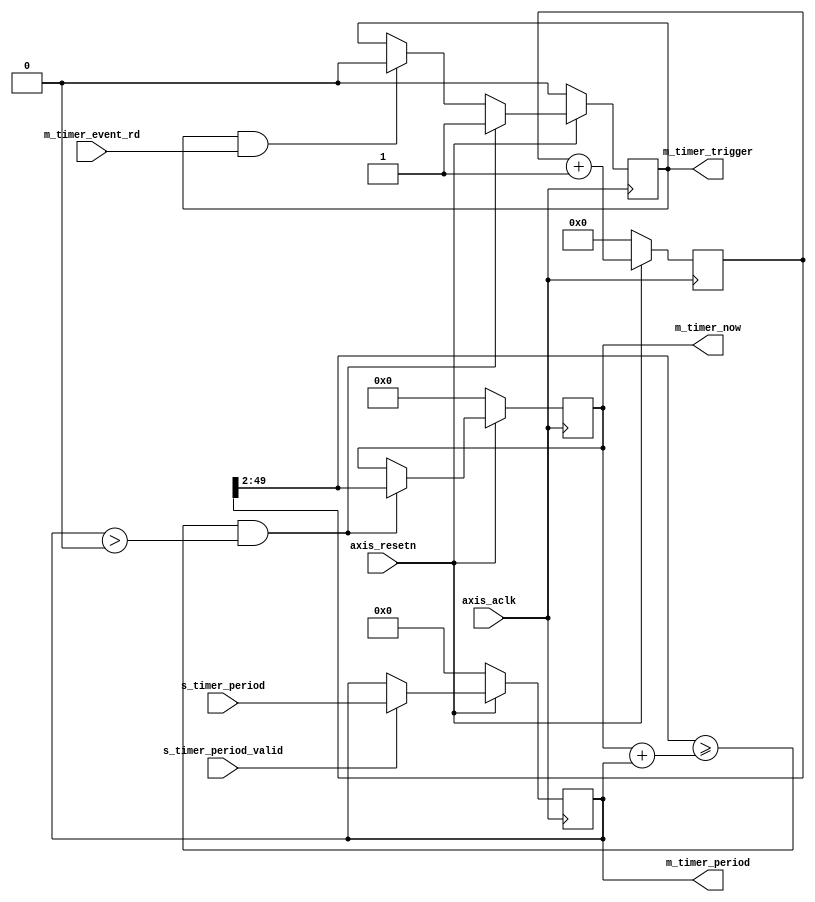
//-
// Copyright (C) 2010, 2011 The Board of Trustees of The Leland Stanford
//                          Junior University
// Copyright (C) 2019 Stephen Ibanez
// All rights reserved.
//
// This software was developed by
// Stanford University and the University of Cambridge Computer Laboratory
// under National Science Foundation under Grant No. CNS-0855268,
// the University of Cambridge Computer Laboratory under EPSRC INTERNET Project EP/H040536/1 and
// by the University of Cambridge Computer Laboratory under DARPA/AFRL contract FA8750-11-C-0249 ("MRC2"), 
// as part of the DARPA MRC research programme.
//
// @NETFPGA_LICENSE_HEADER_START@

// Licensed to NetFPGA C.I.C. (NetFPGA) under one or more contributor
// license agreements.  See the NOTICE file distributed with this work for
// additional information regarding copyright ownership.  NetFPGA licenses this
// file to you under the NetFPGA Hardware-Software License, Version 1.0 (the
// "License"); you may not use this file except in compliance with the
// License.  You may obtain a copy of the License at:
//
//   http://www.netfpga-cic.org
//
// Unless required by applicable law or agreed to in writing, Work distributed
// under the License is distributed on an "AS IS" BASIS, WITHOUT WARRANTIES OR
// CONDITIONS OF ANY KIND, either express or implied.  See the License for the
// specific language governing permissions and limitations under the License.
//
// @NETFPGA_LICENSE_HEADER_END@
//
/*******************************************************************************
 *  File:
 *        timer_module.v
 *
 *  Library:
 *
 *  Module:
 *        timer_module
 *
 *  Author:
 *        Stephen Ibanez
 * 		
 *  Description:
 *        Generates periodic timer events. Timer events will never fire if the
 *        period == 0
 *
 */

module timer_module
#(
    parameter TIMER_WIDTH = 48,
    parameter TIMER_PERIOD_WIDTH = 32
)
(
    // Global Ports
    input                                          axis_aclk,
    input                                          axis_resetn,

    input                                          s_timer_period_valid,
    input [TIMER_PERIOD_WIDTH-1:0]                 s_timer_period,

    // assert trigger when timer event fires, stays high until timer_event_rd asserted
    output                                         m_timer_trigger,
    input                                          m_timer_event_rd,
    output [TIMER_PERIOD_WIDTH-1:0]                m_timer_period,
    output [TIMER_WIDTH-1:0]                       m_timer_now

);

    function integer log2;
       input integer number;
       begin
          log2=0;
          while(2**log2<number) begin
             log2=log2+1;
          end
       end
    endfunction // log2

    //---------------------- Wires and Regs ---------------------------- 

    // timer period is specified in 20ns increments so we will use the least
    // significant 2 bits of this reg to count to 20ns (assuming clk with 5ns period)
    reg [TIMER_WIDTH+2-1:0] timer_r;

    reg [TIMER_WIDTH-1:0]        timer_last_r, timer_last_r_next;
    reg [TIMER_PERIOD_WIDTH-1:0] timer_period_r, timer_period_r_next;    
    reg                          timer_trigger_r, timer_trigger_r_next;

    wire [TIMER_WIDTH-1:0] cur_time;
    wire [1:0]             ctr_bits;

    //-------------------- Modules and Logic ---------------------------

    assign {cur_time, ctr_bits} = timer_r;

    // wire up the outputs
    assign m_timer_trigger = timer_trigger_r;
    assign m_timer_period = timer_period_r;
    assign m_timer_now = timer_last_r;

    always @(*) begin
        // defaults
        timer_last_r_next = timer_last_r;
        timer_period_r_next = timer_period_r;
        timer_trigger_r_next = timer_trigger_r;

        // set/reset timer trigger
        if ((cur_time >= timer_last_r + timer_period_r) && (timer_period_r > 0)) begin
            timer_trigger_r_next = 1;
            timer_last_r_next = cur_time;
        end
        else if (timer_trigger_r & m_timer_event_rd) begin
            timer_trigger_r_next = 0;
        end

        // set timer period
        if (s_timer_period_valid) begin
            timer_period_r_next = s_timer_period;
        end
    end

    always @(posedge axis_aclk) begin
        if (~axis_resetn) begin
            timer_r <= 0;
            timer_last_r <= 0;
            timer_period_r <= 0;
            timer_trigger_r <= 0;
        end
        else begin
            timer_r <= timer_r + 1;
            timer_last_r <= timer_last_r_next;
            timer_period_r <= timer_period_r_next;
            timer_trigger_r <= timer_trigger_r_next;
        end
    end

//`ifdef COCOTB_SIM
//initial begin
//  $dumpfile ("timer_module_waveform.vcd");
//  $dumpvars (0, timer_module);
//  #1 $display("Sim running...");
//end
//`endif
   
endmodule